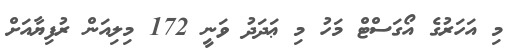
މި އަހަރުގެ އޯގަސްޓް މަހު މި ޢަދަދު ވަނީ 172 މިލިއަން ރުފިޔާއަށް